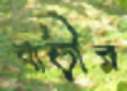
বাড়ীর